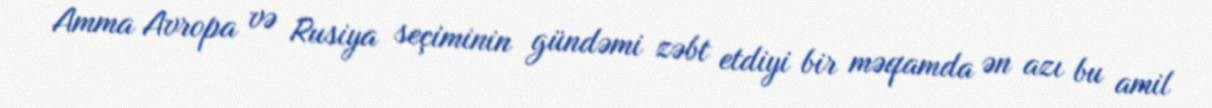
Amma Avropa və Rusiya seçiminin gündəmi zəbt etdiyi bir məqamda ən azı bu amil